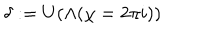
\delta : = U ( \Lambda ( \chi = 2 \pi i ) )